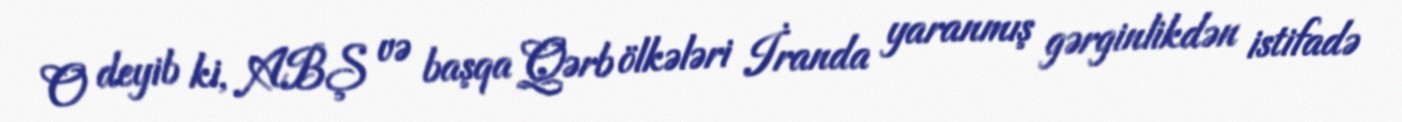
O deyib ki, ABŞ və başqa Qərb ölkələri İranda yaranmış gərginlikdən istifadə